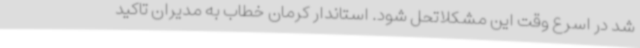
شد در اسرع وقت این مشکلاتحل شود. استاندار کرمان خطاب به مدیران تاکید